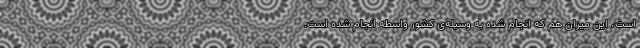
است، این میزان هم که انجام شده به وسیله‌ی کشور واسطه انجام شده است.